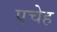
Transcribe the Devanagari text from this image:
एचेह